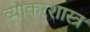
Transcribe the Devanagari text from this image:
व्याकरशास्त्र